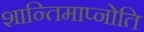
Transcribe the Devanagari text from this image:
शान्तिमाप्नोति